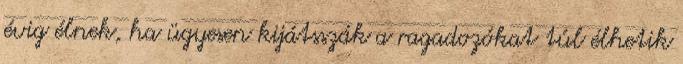
évig élnek, ha ügyesen kijátsszák a ragadozókat túl élhetik